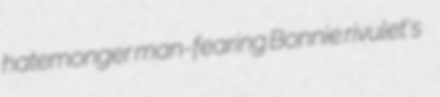
hatemonger man-fearing Bonnie rivulet's